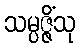
သမ္ပဇ္ဇိံသု